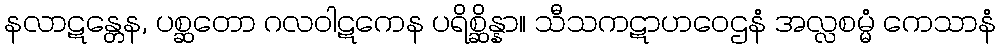
နလာဋန္တေန, ပစ္ဆတော ဂလဝါဋကေန ပရိစ္ဆိန္နာ။ သီသကဋာဟဝေဌနံ အလ္လစမ္မံ ကေသာနံ